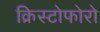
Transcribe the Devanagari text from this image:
क्रिस्टोफोरो